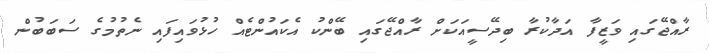
ރާއްޖޭގައި ވަޒީފާ އަދާކުރާ ބިދޭސީއަކަށް ރާއްޖޭގައި ބޭންކު އެކައުންޓެއް ހުޅުވައިފައި ނެތުމުގެ ސަބަބުން